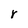
Character: r